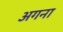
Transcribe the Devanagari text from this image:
अगना